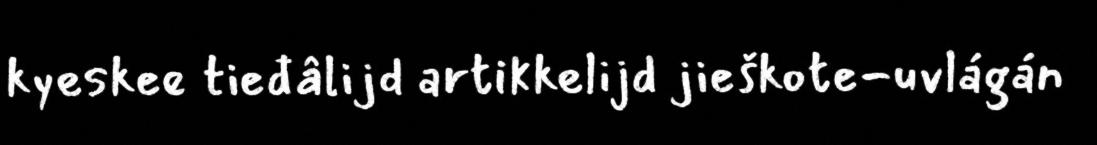
kyeskee tieđâlijd artikkelijd jieškote-uvlágán